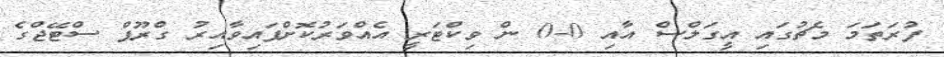
ފުރަތަމަ މެޗުގައި އީގަލްސް އާއި 0-0 ން ވިކްޓަރީ އެއްވަރުކޮށްފައިވާއިރު ގްރޫޕް ސްޓޭޖްގެ